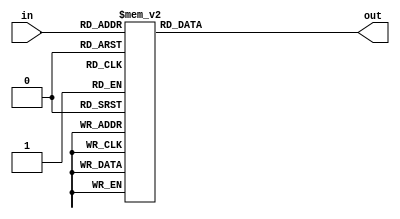
`timescale 1ns / 1ps
//////////////////////////////////////////////////////////////////////////////////
// Company: 
// Engineer: 
// 
// Design Name: 
// Module Name:    Seg7_Lut 
// Project Name: 
// Target Devices: 
// Tool versions: 
// Description: 
//
// Dependencies: 
//
// Revision: 
// Revision 0.01 - File Created
// Additional Comments: 
//
//////////////////////////////////////////////////////////////////////////////////
module Seg7_Lut(in,out);
	input[3:0] in;
	output reg[6:0]out;
	
	always@(in)
		begin
			case(in)					//gfedcba ;
				4'h1:out = 7'b111_1001;
				4'h2:out = 7'b010_0100;
				4'h3:out = 7'b011_0000;
				4'h4:out = 7'b001_1001;
				4'h5:out = 7'b001_0010;
				4'h6:out = 7'b000_0010;
				4'h7:out = 7'b111_1000;
				4'h8:out = 7'b000_0000;
				4'h9:out = 7'b001_0000;
				4'ha:out = 7'b000_1000;
				4'hb:out = 7'b000_0011;
				4'hc:out = 7'b100_0110;
				4'hd:out = 7'b010_0001;
				4'he:out = 7'b000_0110;
				4'hf:out = 7'b000_1110;
				4'h0:out = 7'b100_0000;
			endcase
		end
endmodule